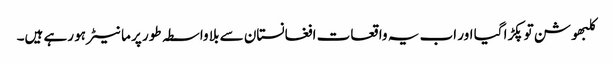
کلبھوشن توپکڑا گیا اور اب یہ واقعات افغانستان سے بلا واسطہ طور پر ما نیٹر ہو رہے ہیں۔